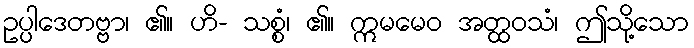
ဥပ္ပါဒေတဗ္ဗာ၊ ၏။ ဟိ- သစ္စံ၊ ၏။ ဣမမေဝ အတ္ထဝသံ၊ ဤသို့သော